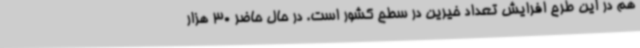
هم در این طرح افرایش تعداد خیرین در سطح کشور است. در حال حاضر 30 هزار